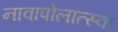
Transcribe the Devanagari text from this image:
नावापोलात्स्क